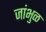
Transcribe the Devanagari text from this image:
जांभुळ